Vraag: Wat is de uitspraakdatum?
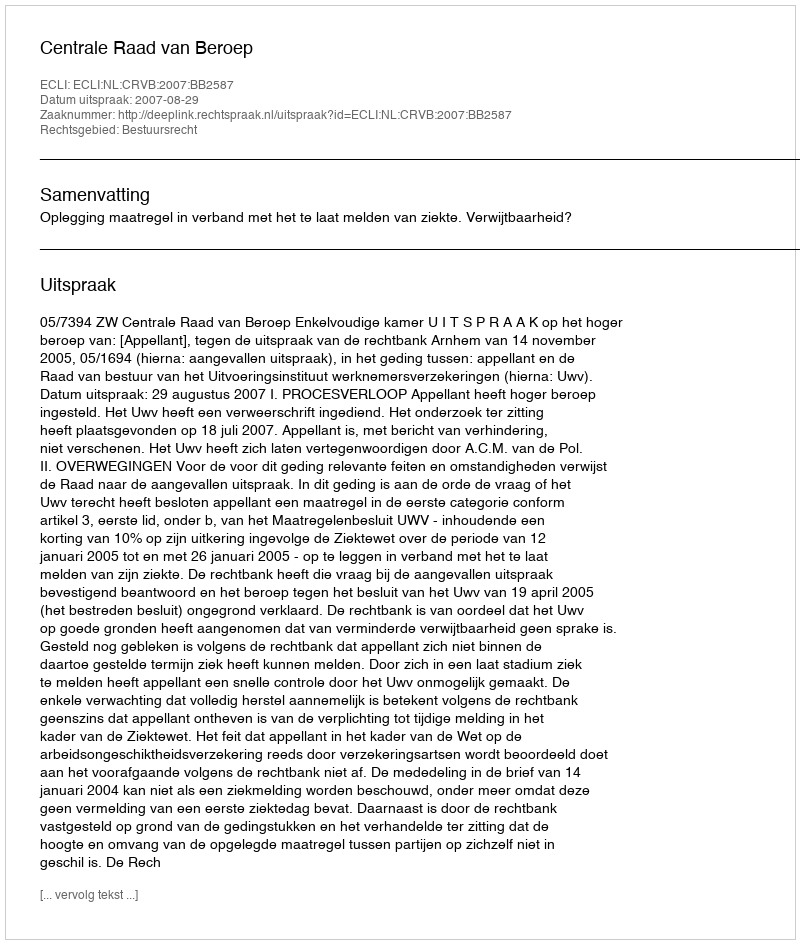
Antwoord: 2007-08-29